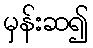
မှန်းဆ၍